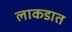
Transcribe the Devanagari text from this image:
लाकडात